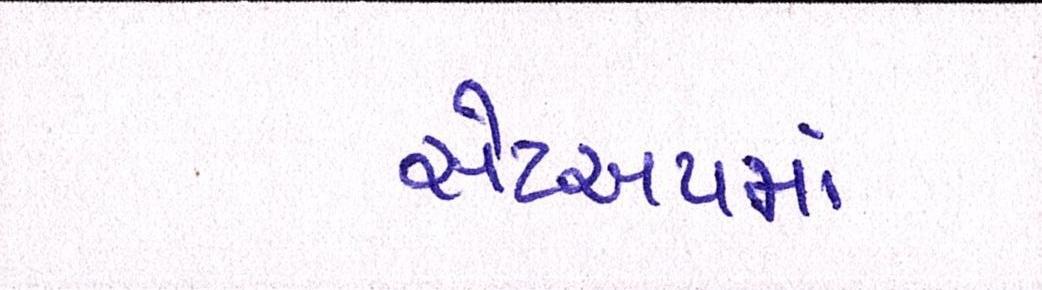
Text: સેટઅપમાં